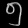
Digit: ၅